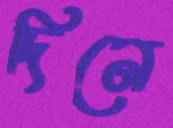
দিনে